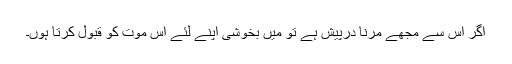
اگر اس سے مجھے مرنا درپیش ہے تو مَیں بخوشی اپنے لئے اس موت کو قبول کرتا ہوں۔